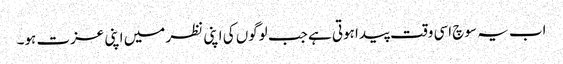
اب یہ سوچ اسی وقت پیدا ہوتی ہے جب لوگوں کی اپنی نظر میں اپنی عزت ہو۔